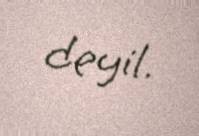
deyil.